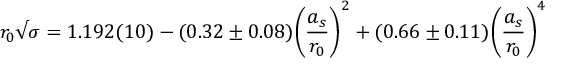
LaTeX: r _ { 0 } \surd \sigma = 1 . 1 9 2 ( 1 0 ) - ( 0 . 3 2 \pm 0 . 0 8 ) \biggl ( { \frac { a _ { s } } { r _ { 0 } } } \biggr ) ^ { 2 } + ( 0 . 6 6 \pm 0 . 1 1 ) \biggl ( { \frac { a _ { s } } { r _ { 0 } } } \biggr ) ^ { 4 }